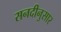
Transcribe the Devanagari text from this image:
सनदीनुसार